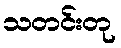
သတင်းတု